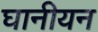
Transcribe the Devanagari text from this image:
घानीयन